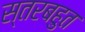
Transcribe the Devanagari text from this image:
स्तरबहुत